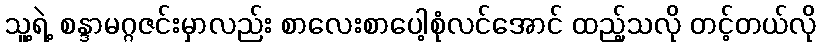
သူ့ရဲ့ စန္ဒာမဂ္ဂဇင်းမှာလည်း စာလေးစာပေါ့စုံလင်အောင် ထည့်သလို တင့်တယ်လို